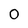
Character: 0